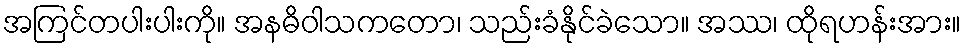
အကြင်တပါးပါးကို။ အနဓိဝါသကတော၊ သည်းခံနိုင်ခဲသော။ အဿ၊ ထိုရဟန်းအား။